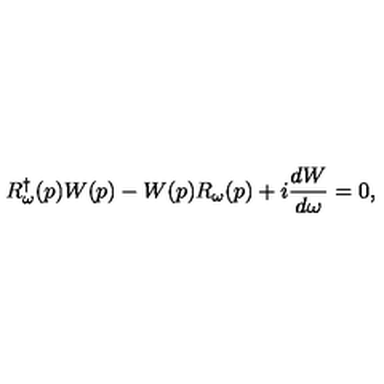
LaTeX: R _ { \omega } ^ { \dagger } ( p ) W ( p ) - W ( p ) R _ { \omega } ( p ) + i \frac { d W } { d \omega } = 0 ,